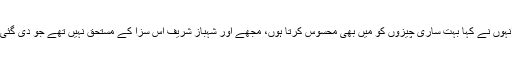
انہوں نے کہا بہت ساری چیزوں کو میں بھی محسوس کرتا ہوں، مجھے اور شہباز شریف اس سزا کے مستحق نہیں تھے جو دی گئی۔